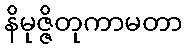
နိမုဇ္ဇိတုကာမတာ